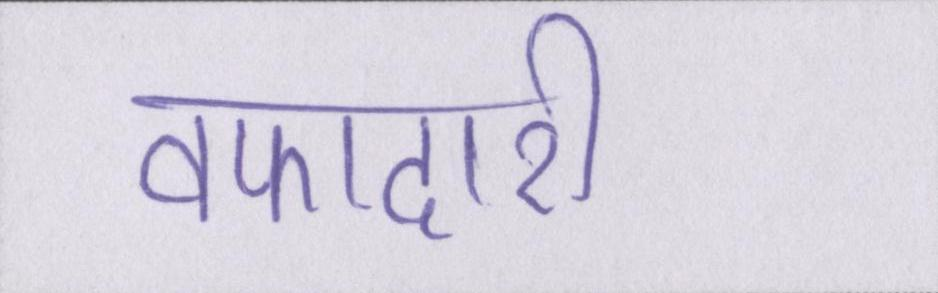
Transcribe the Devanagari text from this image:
वफादारी